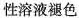
性溶液褪色